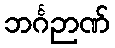
ဘင်္ဂဉာဏ်